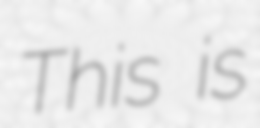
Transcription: This is